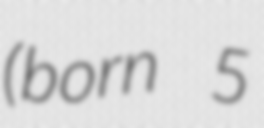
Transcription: (born 5